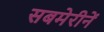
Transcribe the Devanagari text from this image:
सबमेरीनें